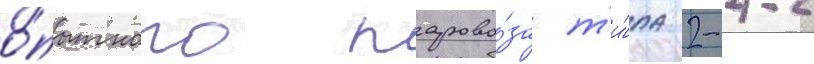
о́пытного парово́за т'и́па 2-4-2